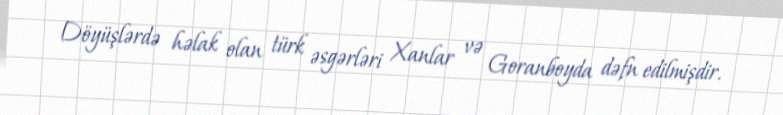
Döyüşlərdə həlak olan türk əsgərləri Xanlar və Goranboyda dəfn edilmişdir.